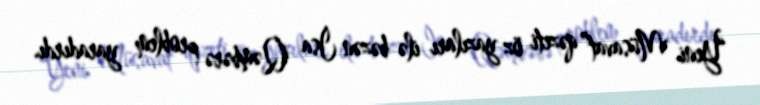
“Yeni Müsavat” qəzeti öz yazıları ilə bəzən İsa Qəmbərə problem yaradırdı.